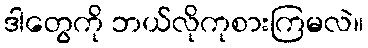
ဒါတွေကို ဘယ်လိုကုစားကြမလဲ။